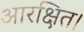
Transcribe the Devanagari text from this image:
आरक्षित।